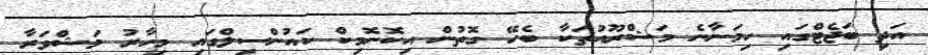
އަދި ބަޖެޓްގައި ހިމަނާނެ މަޝްރޫއުތަކާ ބެހޭ ގޮތުން އިކޮނޮމިކް ކައުންސިލްގައި މިހާރު މަޝްވަރާ